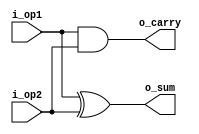
module half_add (i_op1, i_op2, o_sum, o_carry);

input i_op1, i_op2;
output o_sum;
output o_carry;

xor (o_sum, i_op1, i_op2);
and (o_carry, i_op1, i_op2);

endmodule